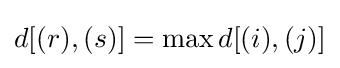
d[(r),(s)]=\max d[(i),(j)]